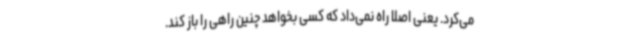
می‌کرد. یعنی اصلا راه نمی‌داد که کسی بخواهد چنین راهی را باز کند.